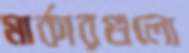
মার্কারগুলো